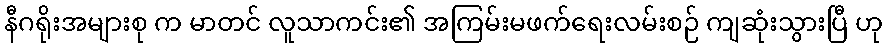
နီဂရိုးအများစု က မာတင် လူသာကင်း၏ အကြမ်းမဖက်ရေးလမ်းစဉ် ကျဆုံးသွားပြီ ဟု